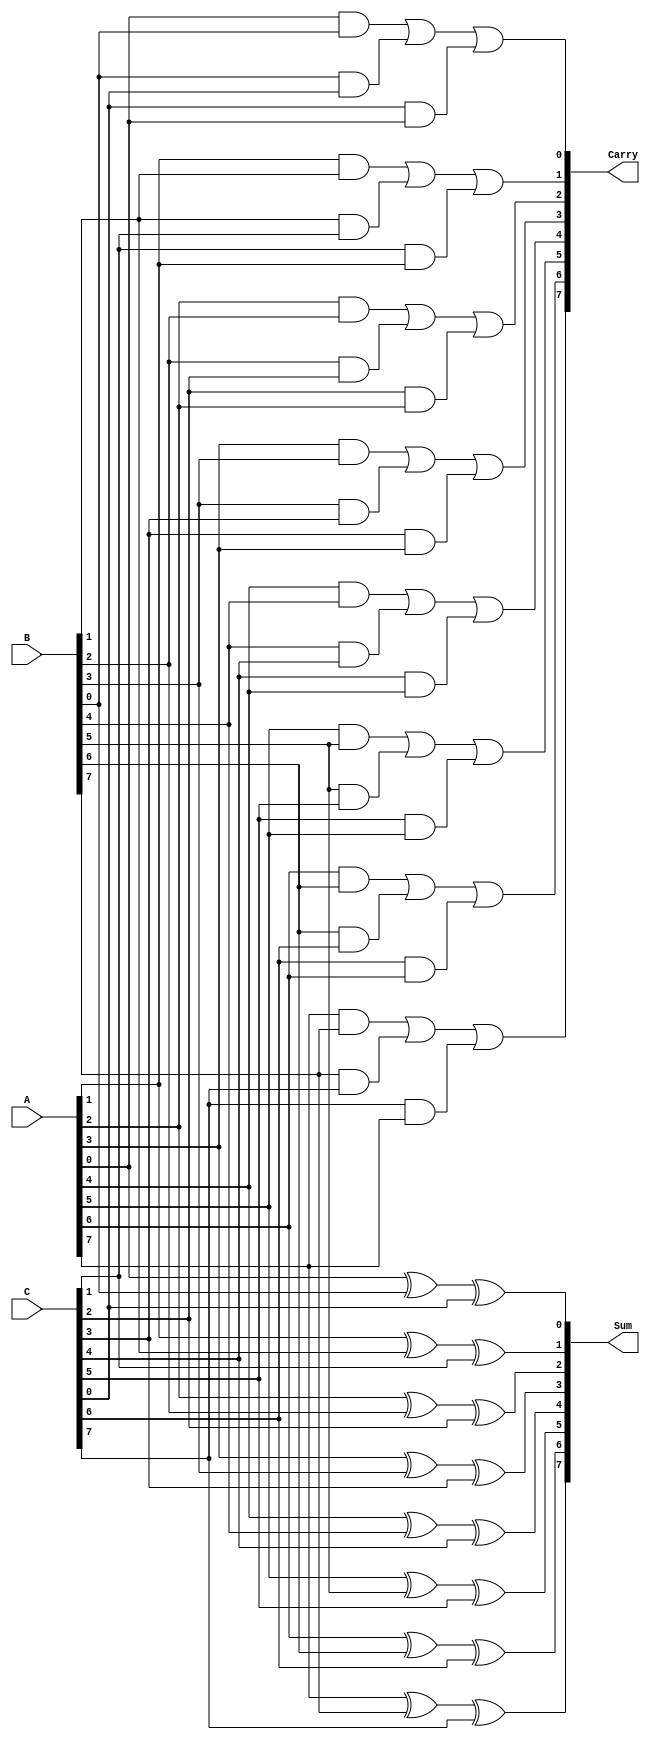
module CarrySaveAdder #(parameter N = 8) (
    input  wire [N-1:0] A,   // First operand
    input  wire [N-1:0] B,   // Second operand
    input  wire [N-1:0] C,   // Third operand
    output wire [N-1:0] Sum,  // Sum output
    output wire [N-1:0] Carry // Carry output
);

    // Generate the Sum and Carry outputs
    genvar i;
    generate
        for (i = 0; i < N; i = i + 1) begin : CSA_logic
            assign Sum[i] = A[i] ^ B[i] ^ C[i]; // Sum calculation
            assign Carry[i] = (A[i] & B[i]) | (B[i] & C[i]) | (C[i] & A[i]); // Carry calculation
        end
    endgenerate

endmodule